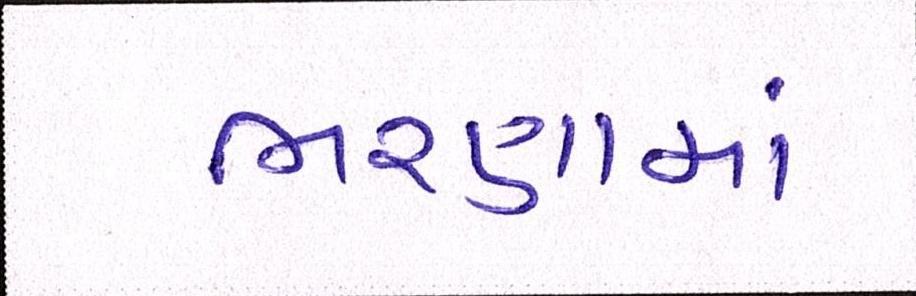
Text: ભરણામાં